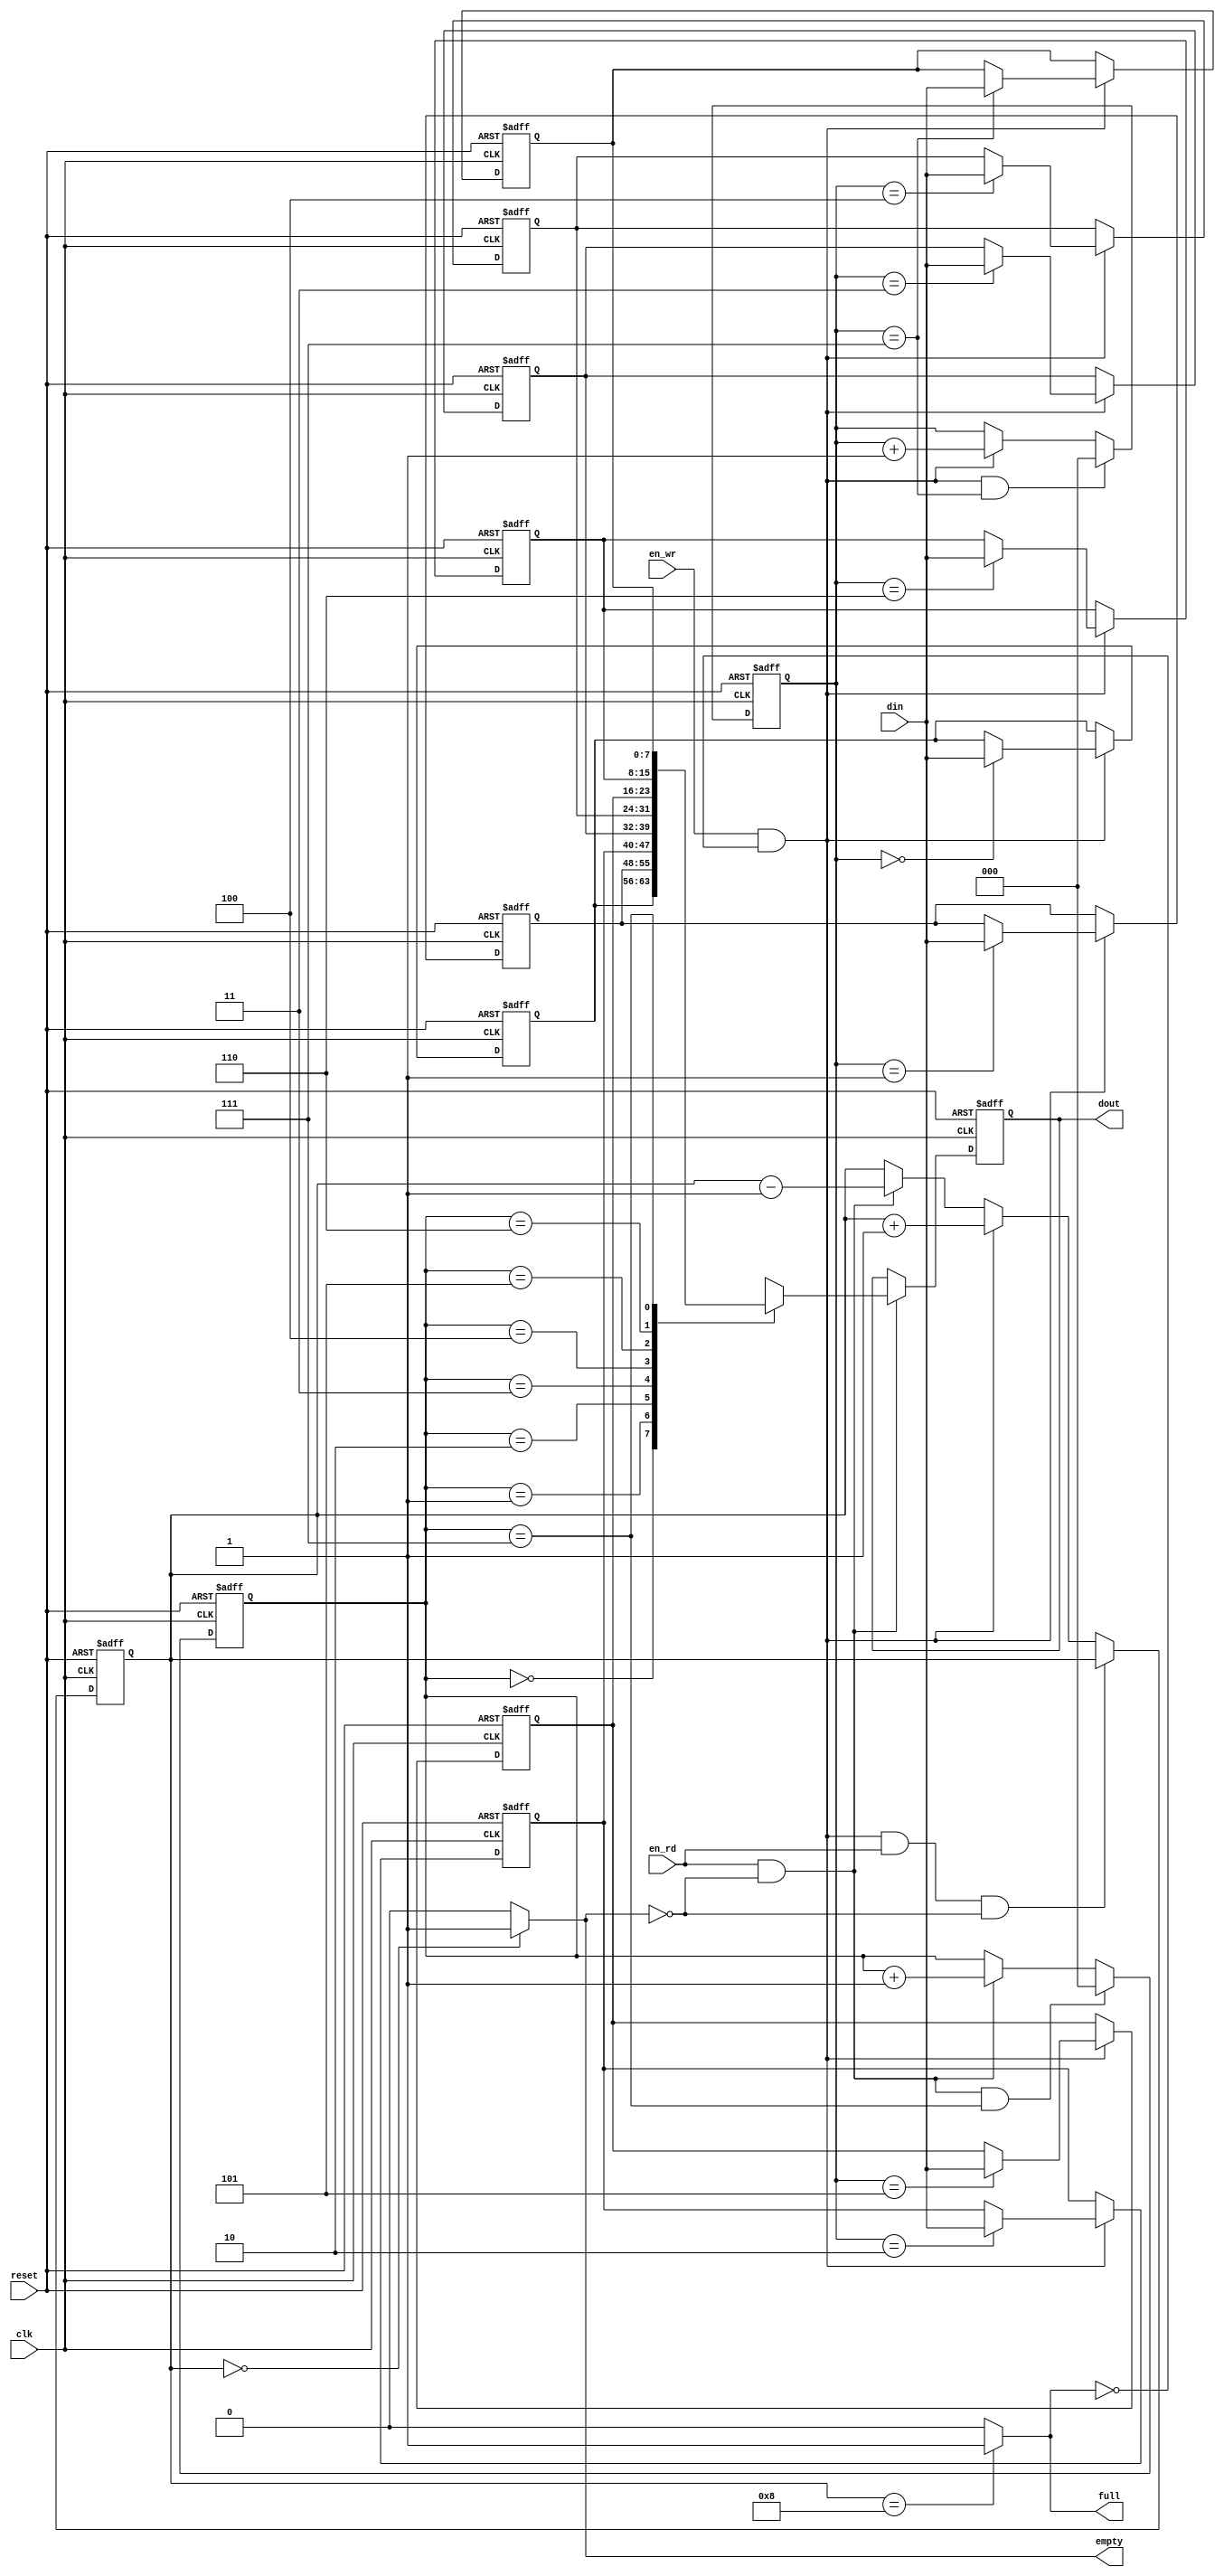
module fifo #(
    parameter WIDTH = 8,
    parameter DEPTH = 8
) (
    input                  clk,
    input                  reset,
    input                  en_wr,
    input                  en_rd,
    input [WIDTH-1:0]      din,
    output reg [WIDTH-1:0] dout,
    output                 empty,
    output                 full 
);
    
    localparam WIDTH_DEPTH = (log2(DEPTH)==0) ? 1 : log2(DEPTH);

    reg [WIDTH-1:0] mem_fifo [0:DEPTH-1];
    reg [WIDTH_DEPTH-1:0] ptr_wr;
    reg [WIDTH_DEPTH-1:0] ptr_rd;
    reg [WIDTH_DEPTH:0]   count;

    always @(posedge clk or negedge reset) begin
        if(!reset)
            count <= {WIDTH_DEPTH{1'b0}};
        else if(en_wr & (~full) & en_rd & (~empty))
            count <= count;
        else if(en_wr & (~full))
            count <= count + 1;
        else if(en_rd & (~empty))
            count <= count -1;
    end

    integer i;
    always @(posedge clk or negedge reset) begin
        if(!reset) begin
            for(i=0;i<DEPTH;i=i+1)
            mem_fifo[i] <= {WIDTH{1'b0}};
        end
        else if(en_wr & (~full))
            mem_fifo[ptr_wr] <= din;
    end

    always @(posedge clk or negedge reset) begin
        if(!reset)
            ptr_wr <= {WIDTH_DEPTH{1'b0}};
        else if(en_wr & (~full) & (ptr_wr==DEPTH-1))
            ptr_wr <= {WIDTH_DEPTH{1'b0}};
        else if(en_wr & (~full))
            ptr_wr <= ptr_wr + 1;
    end

    always @(posedge clk or negedge reset) begin
        if(!reset)
            ptr_rd <= {WIDTH_DEPTH{1'b0}};
        else if(en_rd & (~empty) & (ptr_rd==DEPTH-1))
            ptr_rd <= {WIDTH_DEPTH{1'b0}};
        else if(en_rd & (~empty))
            ptr_rd <= ptr_rd + 1;
    end

    always @(posedge clk or negedge reset) begin
        if(!reset)
            dout <= {WIDTH{1'b0}};
        else if(en_rd & (~empty))
            dout <= mem_fifo[ptr_rd];
    end

    assign full = (count == DEPTH)?1'b1:1'b0;
    assign empty = (count == {(WIDTH_DEPTH+1){1'b0}})?1'b1:1'b0;
    
    function integer log2;
        input integer depth;
        begin
            for(log2=0;depth>1;log2=log2+1)
                depth = depth>>1;
        end
    endfunction

endmodule